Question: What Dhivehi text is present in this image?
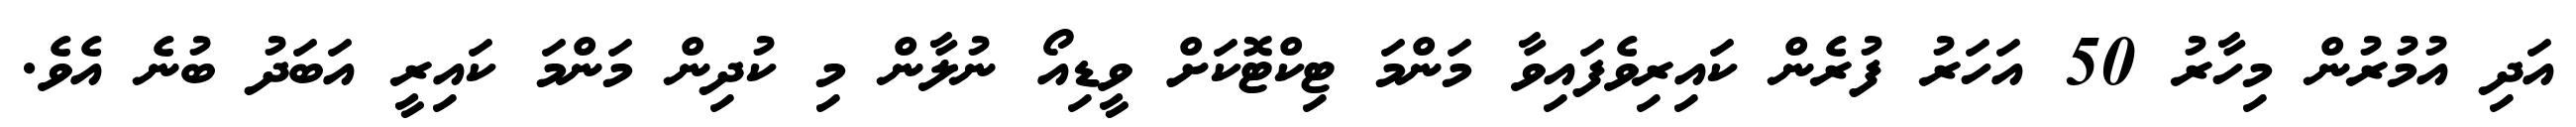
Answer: އަދި އުމުރުން މިހާރު 50 އަހަރު ފުރެން ކައިރިވެފައިވާ މަންމަ ޓިކްޓޮކަށް ވީޑިއޯ ނުލާން މި ކުދިން މަންމަ ކައިރީ އަބަދު ބުނެ އެވެ.